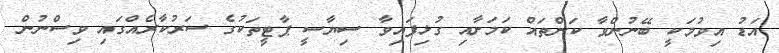
އަޑު އިވުމަކީ ބޭނުންވާ ކަންތައް ކަމަށާއި ގުޅިފައިވާ ސިޔާސީ ޕާޓީތަކުގެ ސަރުކާރެއްގައި ވިސްނުން